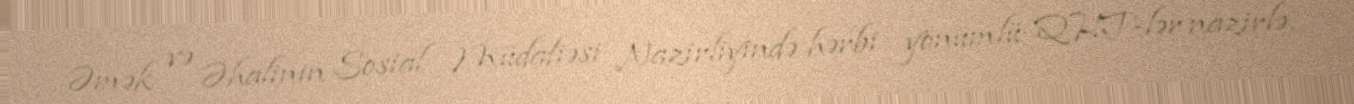
Əmək və Əhalinin Sosial Müdafiəsi Nazirliyində hərbi yönümlü QHT-lər nazirlə,